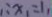
\therefore x _ { 1 } = 1 ,